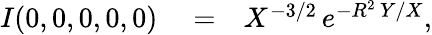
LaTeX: \begin{array}{rlr}{I(0,0,0,0,0)}&{{}=}&{X^{-3/2}\, e^{-R^{2}\, Y/X},}\end{array}